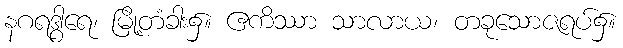
နဂရဒွါရေ၊ မြို့တံခါး၌။ ဧကိဿာ သာလာယ၊ တခုသောဇရပ်၌။